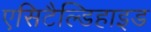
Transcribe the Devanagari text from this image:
एसिटैल्डिहाइड